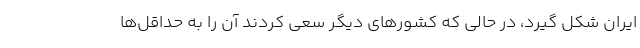
ایران شکل گیرد، در حالی که کشورهای دیگر سعی کردند آن را به حداقل‌ها